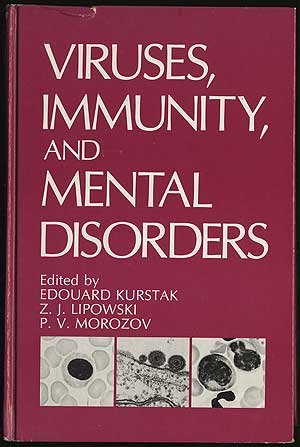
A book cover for Viruses, Immunity, and Mental Disorders; Edouard Kurstak; Medical Books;